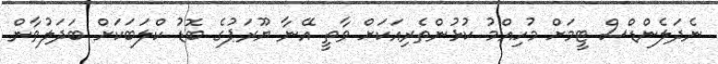
ނެދަލެންޑްސް ޓީމަށް މުހިއްމު ކުޅުންތެރިއަކަށް ވާތީ އޭނާ ޔޫރަޕުގެ ބޮޑު ކްލަބަކަށް ބަދަލުވާން